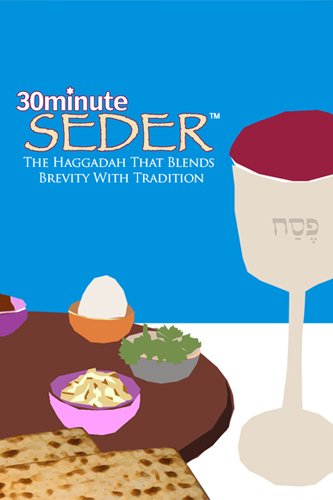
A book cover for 30 Minute Seder: The Haggadah That Blends Brevity With Tradition; Robert Kopman; Religion & Spirituality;